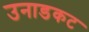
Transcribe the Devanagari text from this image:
उनाडकट